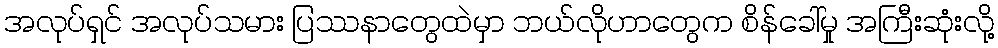
အလုပ်ရှင် အလုပ်သမား ပြဿနာတွေထဲမှာ ဘယ်လိုဟာတွေက စိန်ခေါ်မှု အကြီးဆုံးလို့